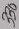
Text: 330